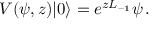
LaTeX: V ( \psi , z ) | 0 \rangle = e ^ { z L _ { - 1 } } \psi \, .